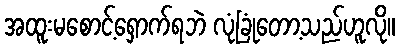
အထူးမစောင့်ရှောက်ရဘဲ လုံခြုံတော့သည်ဟူလို။